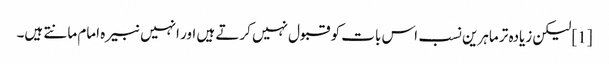
[1] لیکن زیادہ تر ماہرین نسب اس بات کو قبول نہیں کرتے ہیں اور انہیں نبیرہ امام مانتے ہیں۔